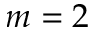
m = 2